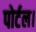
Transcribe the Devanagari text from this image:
पोर्टल।